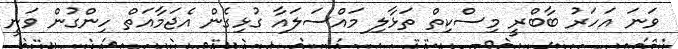
ވަނަ އަހަރު ބާބްރީ މިސްކިތް ތަޅާލި މައްސަލައާ ގުޅިގެން އެޖަމާއަތް ހިންގުން ވަނީ